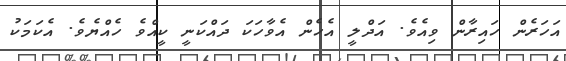
އަހަރެން ހައިރާން ވިއެވެ. އަދްލީ އެހެން އެވާހަކަ ދައްކަނީ ކީއްވެ ހެއްޔެވެ. އެކަމަކު